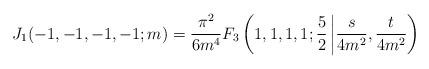
LaTeX: \begin{align*}J_1(-1,-1,-1,-1;m)=\frac{\pi^2}{6m^4}F_3\left(1,1,1,1;\frac{5}{2}\left|\frac{s}{4m^2},\frac{t}{4m^2}\right)\right.\end{align*}